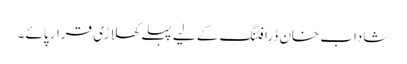
شاداب خان ڈرافٹنگ کے لیے پہلے کھلاڑی قرار پائے ۔